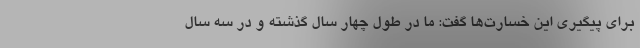
برای پیگیری این خسارت‌ها گفت: ما در طول چهار سال گذشته و در سه سال